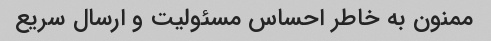
ممنون به خاطر احساس مسئولیت و ارسال سریع